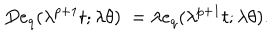
LaTeX: D e _ { q } ( \lambda ^ { p + 1 } t ; \lambda \theta ) \; = \lambda e _ { q } ( \lambda ^ { p + 1 } t ; \lambda \theta ) .